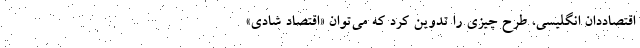
اقتصاددان انگلیسی، طرح چیزی را تدوین کرد که می‌توان «اقتصاد شادی»